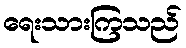
ရေးသားကြသည်